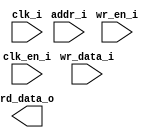
/*******************************************************************************
    Verilog netlist generated by IPGEN Radiant
    Soft IP Version: 1.0.0
    Mon Jun 04 18:15:33 2018
*******************************************************************************/
/*******************************************************************************
    Wrapper Module generated per user settings.
*******************************************************************************/
module rom_himax_cfg_324_dim (clk_i, clk_en_i, wr_en_i, wr_data_i, addr_i,
    rd_data_o)/* synthesis syn_black_box syn_declare_black_box=1 */;
    input  clk_i;
    input  clk_en_i;
    input  wr_en_i;
    input  [15:0]  wr_data_i;
    input  [7:0]  addr_i;
    output  [15:0]  rd_data_o;
endmodule